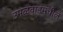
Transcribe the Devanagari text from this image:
उमळवाडमधील